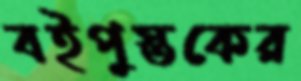
বইপুস্তকের